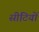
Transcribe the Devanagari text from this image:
सीटियों